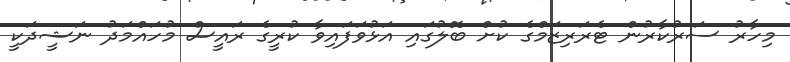
މިހާރު ސަރުކާރުން ޓެރަރިޒަމްގެ ކުށް ބޮލުގައި އަޅުވަފައިވާ ކުރީގެ ރައީސް މުހައްމަދު ނަޝީދަކީ